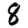
Digit: 8